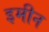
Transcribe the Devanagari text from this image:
इमीन